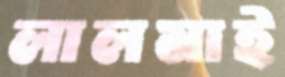
লালমাই